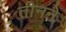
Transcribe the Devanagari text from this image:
तीनने